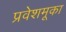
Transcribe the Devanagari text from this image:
प्रवेशमूका